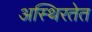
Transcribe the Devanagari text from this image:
अस्थिरतेत